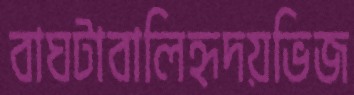
বাঘটাবালিহৃদয়ভিজ